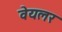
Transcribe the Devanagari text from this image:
वेयलर